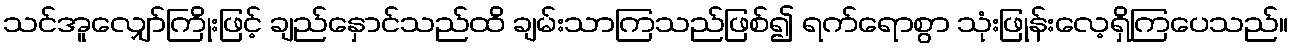
သင်အူလျှော်ကြိုးဖြင့် ချည်နှောင်သည်ထိ ချမ်းသာကြသည်ဖြစ်၍ ရက်ရောစွာ သုံးဖြုန်းလေ့ရှိကြပေသည်။